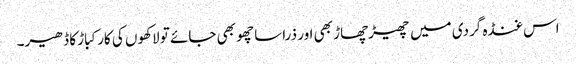
اس غنڈہ گردی میں چھیڑچھاڑ بھی اور ذراسا چھو بھی جائے تو لاکھوں کی کار کباڑ کا ڈھیر۔